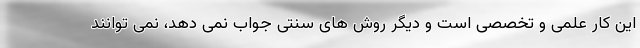
این کار علمی و تخصصی است و دیگر روش های سنتی جواب نمی دهد، نمی توانند